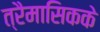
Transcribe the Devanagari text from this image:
त्रैमासिकके